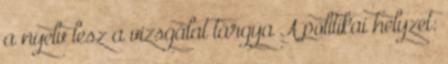
a nyelv lesz a vizsgálat tárgya A politikai helyzet: